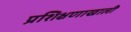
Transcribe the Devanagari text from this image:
प्रशिक्षणाखाली